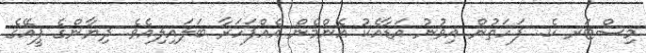
މިސްޓަރ ކެ.. ފަހަތުން އިވުނު އަޑާއެކު އެންމެން އެއްފަހަރާ ބަލައިލިއެވެ. ދިޔާންގެ ޕީއޭގެ